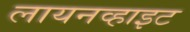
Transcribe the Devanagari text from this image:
लायनव्हाइट